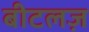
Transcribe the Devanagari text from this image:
बीटलज़